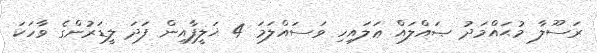
ރަސޫލާ މުޙައްމަދު ޞައްލައް ޢަލައިހި ވަސައްލަމަ 4 ޚަލީފާއިން ފަދަ ލީޑަރުންގެ ވާހަކަ